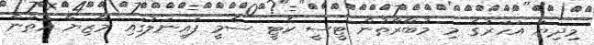
މިިދިޔަ އަހަރުގެ މި މުބާރާތުން ޓީސީ ކެޓީ ސެމީ ފައިނަލުގައި މާޒިޔާ އަތުން